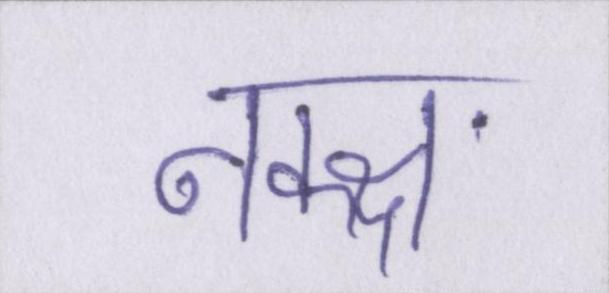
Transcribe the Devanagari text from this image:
नक्क्ष